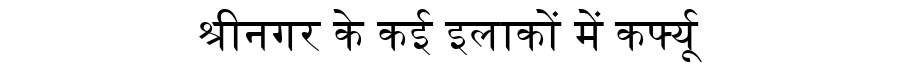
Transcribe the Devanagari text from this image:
श्रीनगर के कई इलाकों में कर्फ्यू